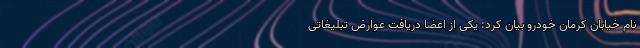
نام خیابان کرمان خودرو بیان کرد: یکی از اعضا دریافت عوارض تبلیغاتی